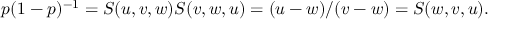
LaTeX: p ( 1 - p ) ^ { - 1 } = S ( u , v , w ) S ( v , w , u ) = ( u - w ) / ( v - w ) = S ( w , v , u ) .